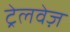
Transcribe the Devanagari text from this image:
ट्रेलवेज़